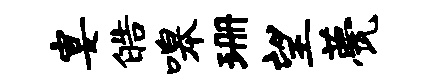
宴皓嗥珊望甍